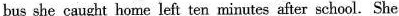
bus she caught home left ten minutes after school. She